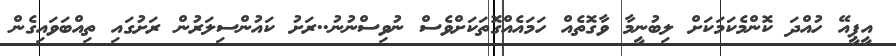
އީޕީއޭ ހުއްދަ ކޮންމެކަމަކަށް ލިބުނީމާ ވާގޮތެއް ހަމައެއްގޮތަކަށްވެސް ނުވިސްނުނު..ރަށު ކައުންސިލަރުން ރަށުގައި ތިއްބަވައިގެން